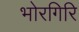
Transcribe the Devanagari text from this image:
भोरगिरि